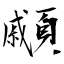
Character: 顣